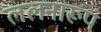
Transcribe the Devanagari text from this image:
ललनारूप